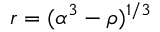
r = ( \alpha ^ { 3 } - \rho ) ^ { 1 / 3 }